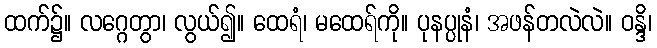
ထက်၌။ လဂ္ဂေတွာ၊ လွယ်၍။ ထေရံ၊ မထေရ်ကို။ ပုနပ္ပုနံ၊ အဖန်တလဲလဲ။ ဝန္ဒိ၊